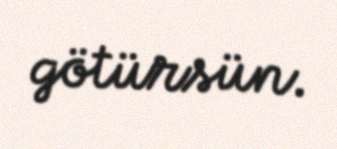
götürsün.